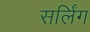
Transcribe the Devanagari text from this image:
सर्लिंग